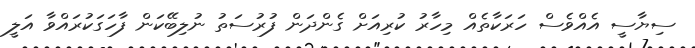
ސިޔާސީ އެއްވެސް ހަރަކާތެއް މިހާރު ކުރިއަށް ގެންދަން ފުރުސަތު ނުލިބޭކަން ފާހަގަކުރައްވާ އަލީ